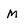
Character: M